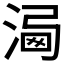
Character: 𣹍